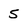
Character: 5